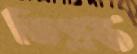
তিগ্রস্ত